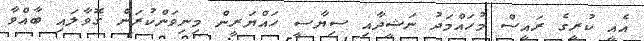
އެއީ ކުރީގެ ރައީސް މުހައްމަދު ނަޝީދާއި ސިޔާސީ ހައްޔަރީން މިނިވަންކުރަން ގޮވާލައި ބާއްވާ